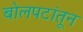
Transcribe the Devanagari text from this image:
बोलपटांतून